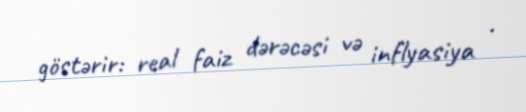
göstərir: real faiz dərəcəsi və inflyasiya .